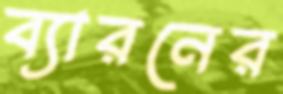
ব্যারনের